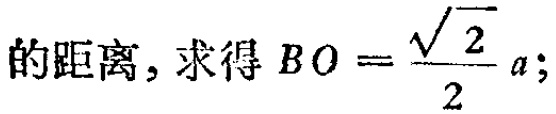
的距离, 求得 \(BO = \frac{\sqrt{2}}{2}a;\)